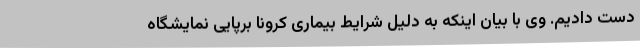
دست دادیم. وی با بیان اینکه به دلیل شرایط بیماری کرونا برپایی نمایشگاه